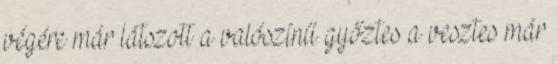
végére már látszott a valószínű győztes a vesztes már